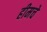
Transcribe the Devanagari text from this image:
हीमचे